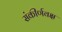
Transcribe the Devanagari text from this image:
संकीर्णवक्ष